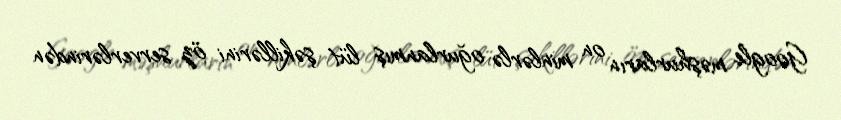
Google məşhurların on minlərlə oğurlanmış lüt şəkillərini öz serverlərindən